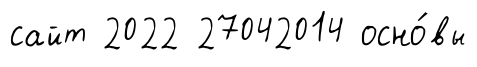
сайт 2022 27042014 осно́вы